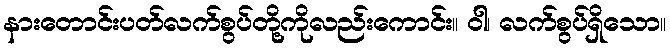
နားတောင်းပတ်လက်စွပ်တို့ကိုလည်းကောင်း။ ဝါ၊ လက်စွပ်ရှိသော။